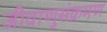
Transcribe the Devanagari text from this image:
जीवाणुसंक्रमण